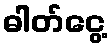
ဓါတ်ငွေ့